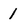
Character: 1